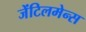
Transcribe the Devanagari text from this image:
जेंटिलमेन्स